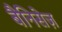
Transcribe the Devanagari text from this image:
बैनिसेज़